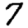
Digit: 7